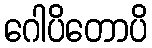
ဂေါပိတောပိ